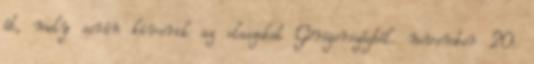
át, mely során kiverik az olaszokat Görögországból. november 20.